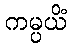
ကမ္ပယိံ